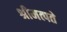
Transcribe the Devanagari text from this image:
श्रीमत्पते